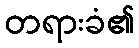
တရားခံ၏